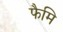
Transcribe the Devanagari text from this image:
फैमि